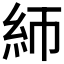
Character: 𰫚